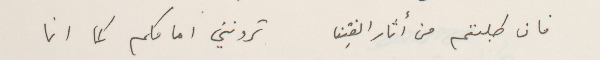
فان طلبتم من أثار الفِتن        ترونني امامكم كما انا